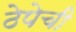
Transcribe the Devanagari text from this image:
ठेपेची